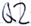
Text: Q2